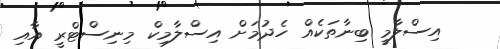
އިސްލާމީ ބިނާތަކެއް ހެދުމަށް އިސްލާމިކް މިނިސްޓްރީ އާއި